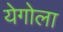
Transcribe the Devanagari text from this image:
येगोला